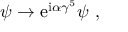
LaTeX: \psi \to \mathrm { e } ^ { \mathrm { i } \alpha \gamma ^ { 5 } } \psi \ ,